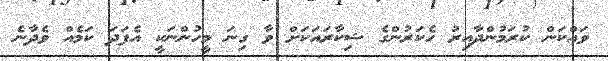
ވައްކަން ކުރަމުންދާއިރު ހެކަރުންގެ ޝިކާރައަކަށް ވާ ގިނަ މީހުންނަކީ އެފަދަ ކަމެއް ވެދާނެ